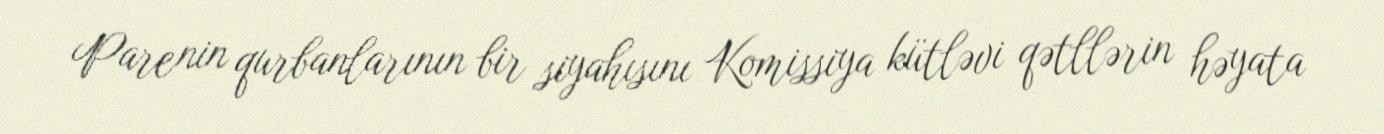
Parenin qurbanlarının bir siyahısını Komissiya kütləvi qətllərin həyata